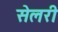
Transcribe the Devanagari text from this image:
सेलरी